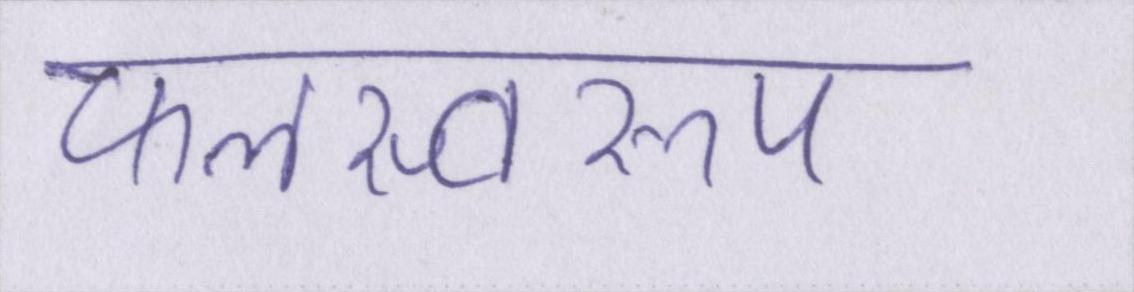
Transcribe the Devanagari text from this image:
फलस्वरूप